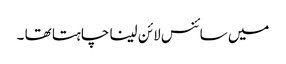
میں سائنس لائن لینا چاہتا تھا ۔